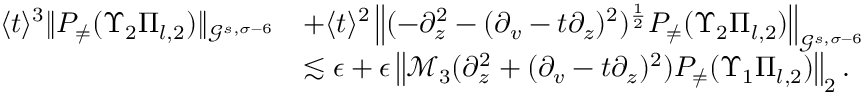
\begin{array} { r l } { \langle t \rangle ^ { 3 } \| P _ { \neq } ( \Upsilon _ { 2 } \Pi _ { l , 2 } ) \| _ { \mathcal { G } ^ { s , \sigma - 6 } } } & { + \langle t \rangle ^ { 2 } \left\| ( - \partial _ { z } ^ { 2 } - ( \partial _ { v } - t \partial _ { z } ) ^ { 2 } ) ^ { \frac 1 2 } P _ { \neq } ( \Upsilon _ { 2 } \Pi _ { l , 2 } ) \right\| _ { \mathcal { G } ^ { s , \sigma - 6 } } } \\ & { \lesssim \epsilon + \epsilon \left\| \mathcal { M } _ { 3 } ( \partial _ { z } ^ { 2 } + ( \partial _ { v } - t \partial _ { z } ) ^ { 2 } ) P _ { \neq } ( \Upsilon _ { 1 } \Pi _ { l , 2 } ) \right\| _ { 2 } . } \end{array}